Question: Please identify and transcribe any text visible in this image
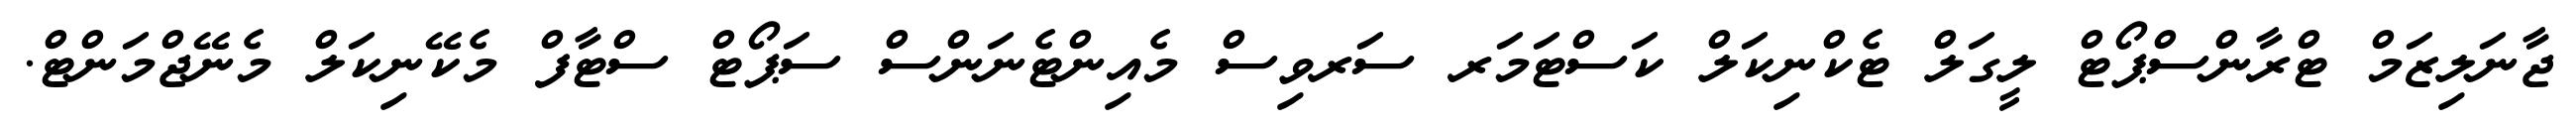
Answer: ޖާނަލިޒަމް ޓްރާންސްޕޯޓް ލީގަލް ޓެކްނިކަލް ކަސްޓަމަރ ސަރވިސް މެއިންޓެނަންސް ސަޕޯޓް ސްޓާފް މެކޭނިކަލް މެނޭޖްމަންޓް.